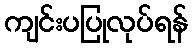
ကျင်းပပြုလုပ်ရန်